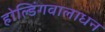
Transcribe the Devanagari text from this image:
होल्डिंगवालाधन